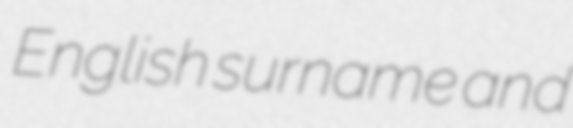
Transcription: English surname and